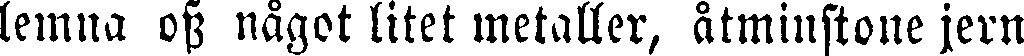
lemna oss något litet metaller, åtminstone jern